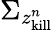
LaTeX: \Sigma_{z_{\mathrm{kill}}^{n}}